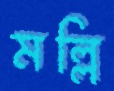
মল্লি